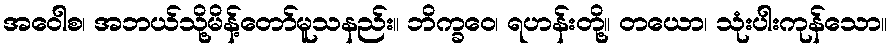
အဝေါစ၊ အဘယ်သို့မိန့်တော်မူသနည်း။ ဘိက္ခဝေ၊ ရဟန်းတို့။ တယော၊ သုံးပါးကုန်သော။